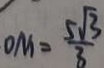
D M = \frac { 5 \sqrt { 3 } } { 3 }